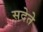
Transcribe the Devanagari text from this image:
सदेते